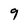
Character: 9